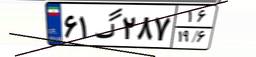
۶۱گ۲۸۷۱۶